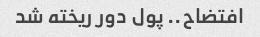
افتضاح.. پول دور ریخته شد